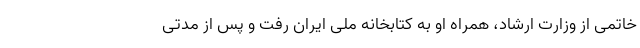
خاتمی از وزارت ارشاد، همراه او به کتابخانه ملی ایران رفت و پس از مدتی